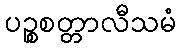
ပဉ္စစတ္တာလီသမံ